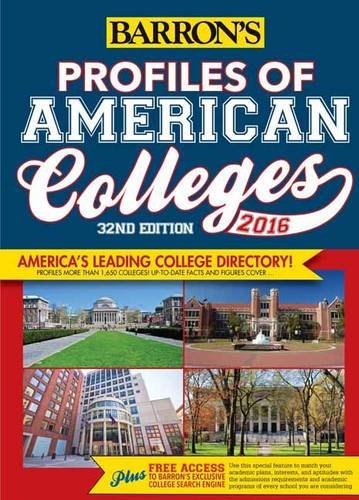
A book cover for Profiles of American Colleges 2016 (Barron's Profiles of American Colleges); Barron's College Division; Education & Teaching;